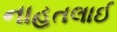
નાહતલાઈ